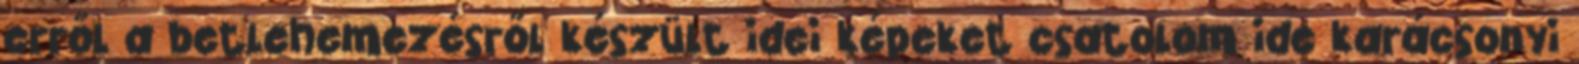
erről a betlehemezésről készült idei képeket csatolom ide karácsonyi